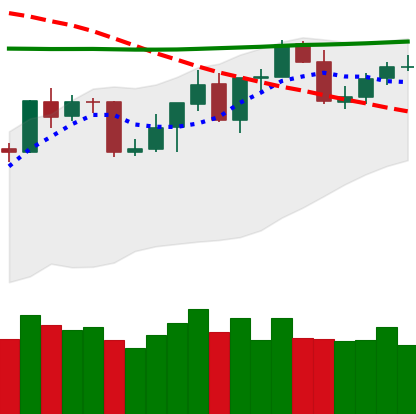
Ticker: BNB-USD
Chart end date: 2020-04-24
Forward return: 9.224%
Label: up_7plus